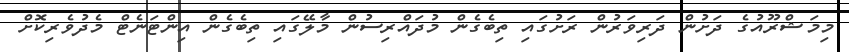
މިމަޝްރޫއުގެ ދަށުން ދަރިވަރުން ރަށުގައި ތިބެގެން މުދައްރިސުން މާލޭގައި ތިބެގެން އިންޓަނެޓް މެދުވެރިކޮށް